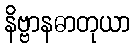
နိဗ္ဗာနဓာတုယာ